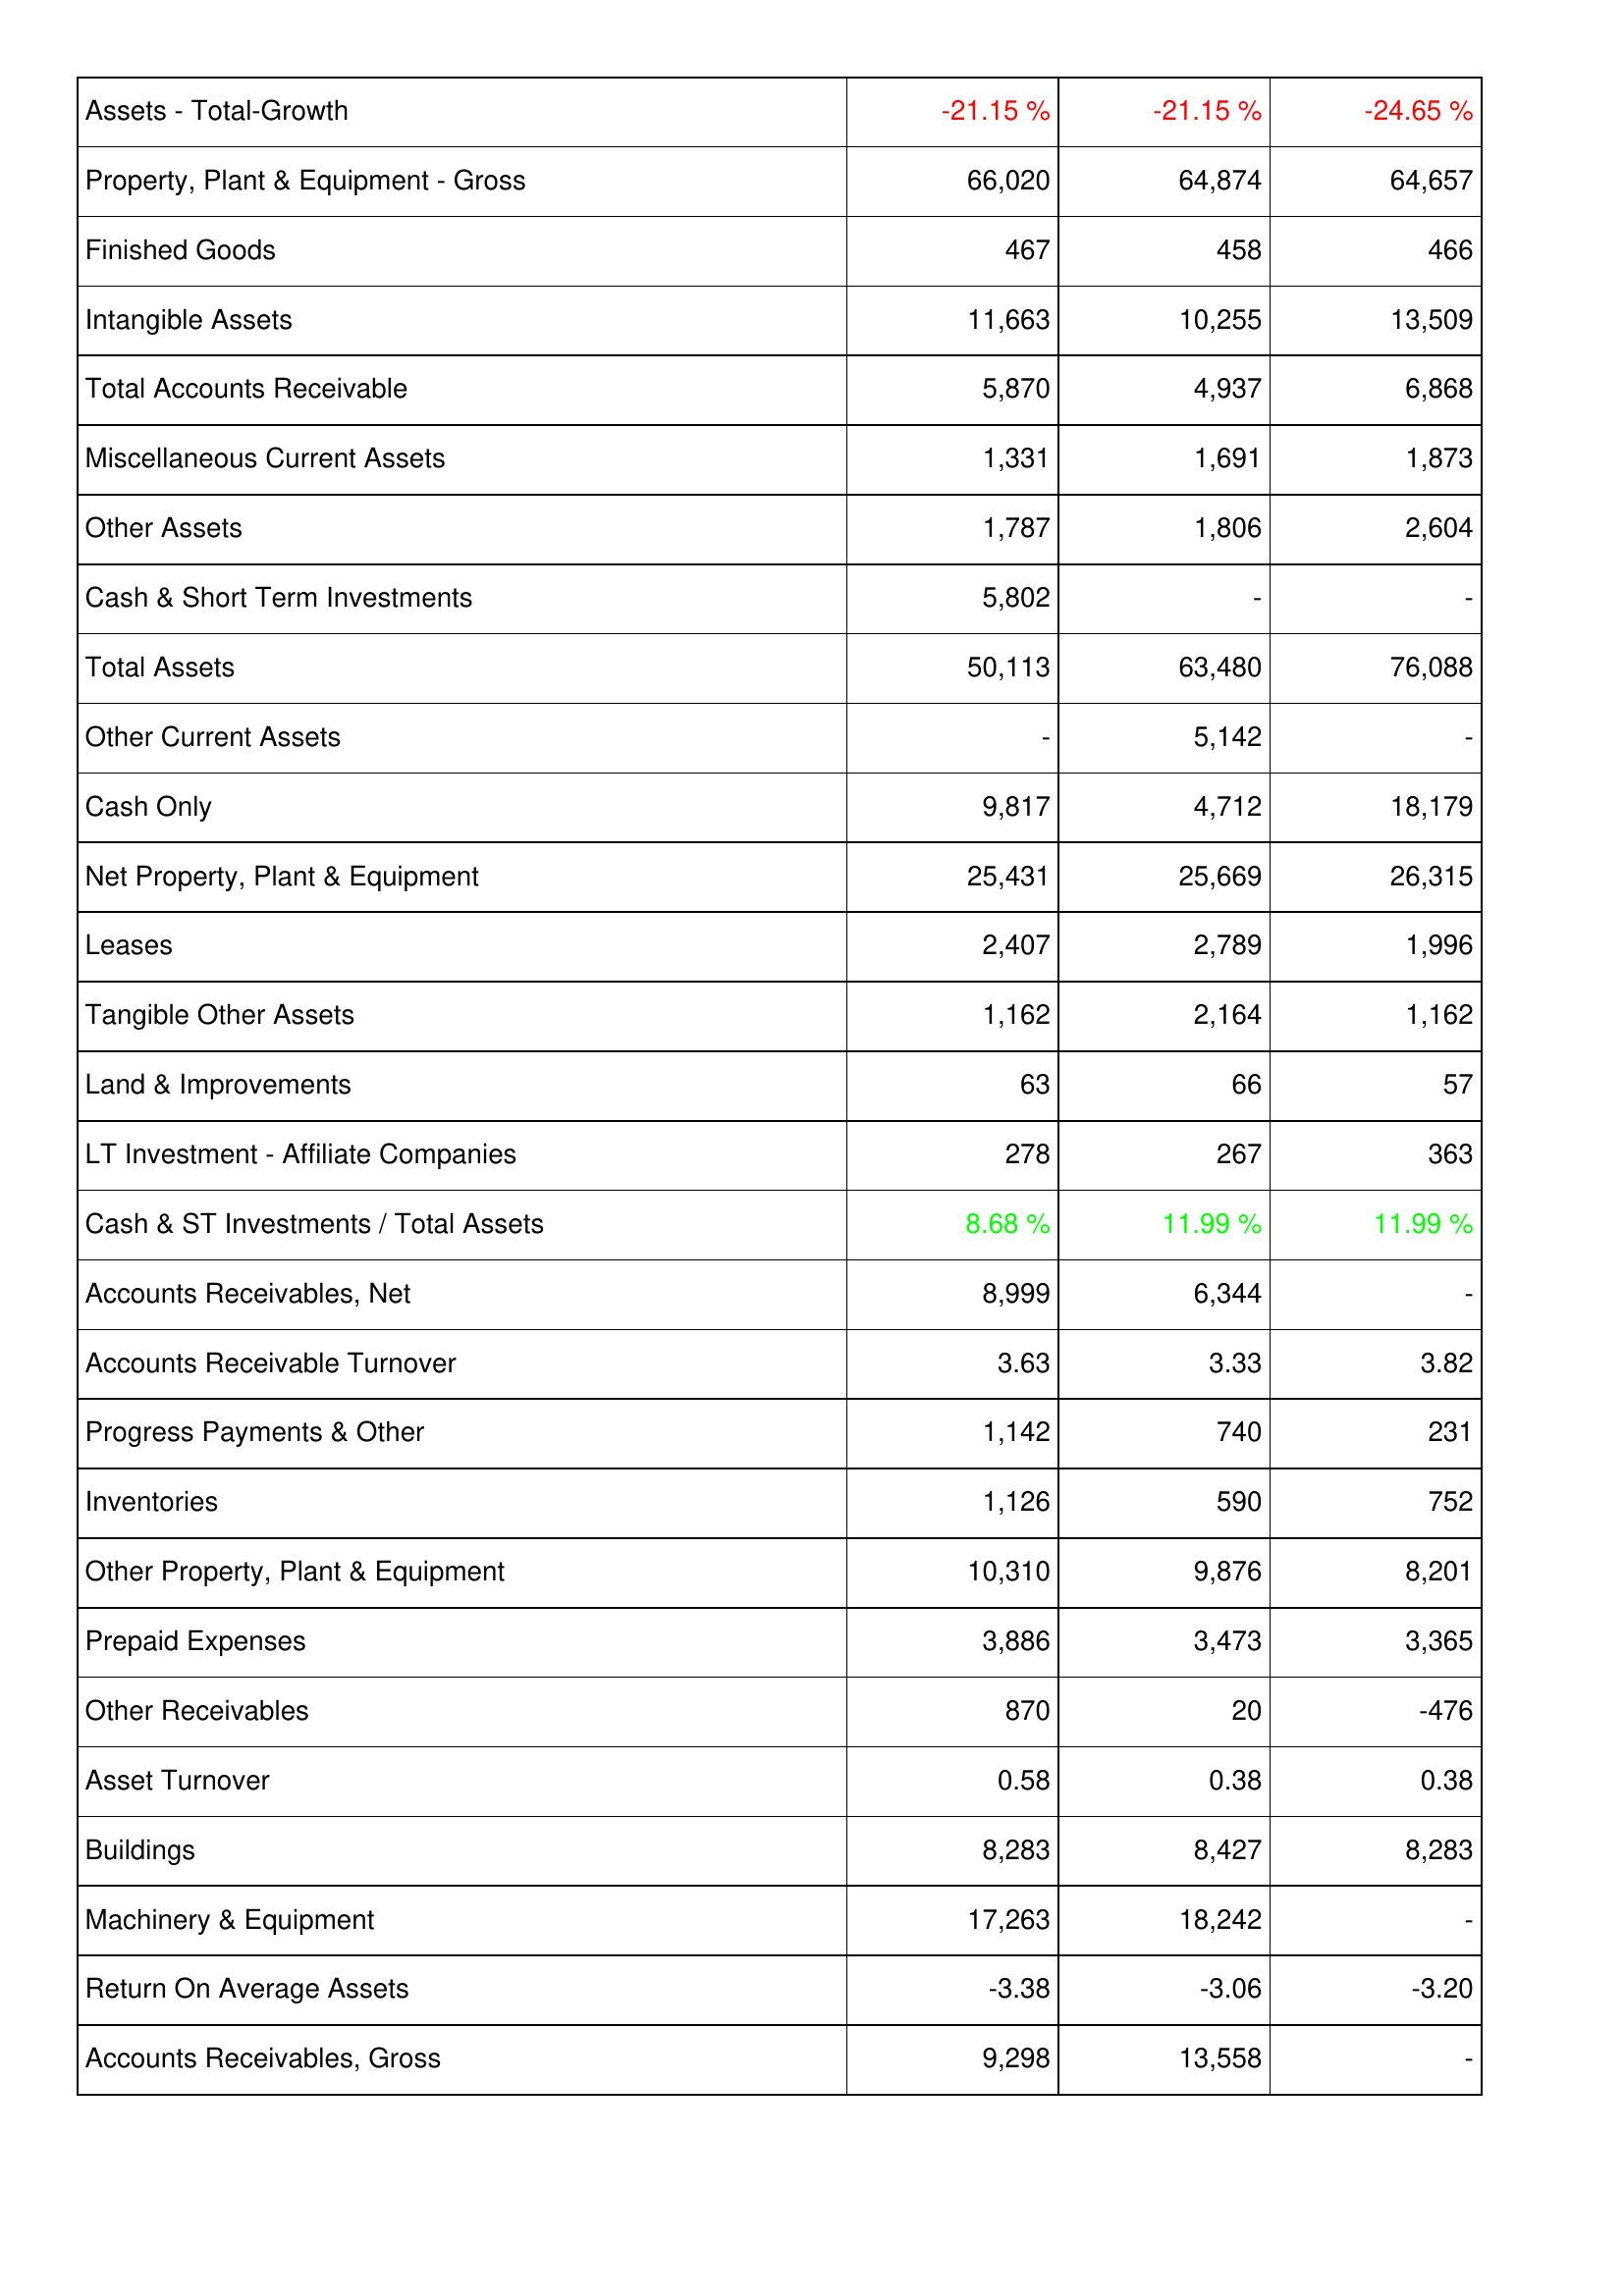
2020: Assets: Assets - Total-Growth: -21.15 %
Property, Plant & Equipment - Gross: 66,020
Finished Goods: 467
Intangible Assets: 11,663
Total Accounts Receivable: 5,870
Miscellaneous Current Assets: 1,331
Other Assets: 1,787
Cash & Short Term Investments: 5,802
Total Assets: 50,113
Other Current Assets: -
Cash Only: 9,817
Net Property, Plant & Equipment: 25,431
Leases: 2,407
Tangible Other Assets: 1,162
Land & Improvements: 63
LT Investment - Affiliate Companies: 278
Cash & ST Investments / Total Assets: 8.68 %
Accounts Receivables, Net: 8,999
Accounts Receivable Turnover: 3.63
Progress Payments & Other: 1,142
Inventories: 1,126
Other Property, Plant & Equipment: 10,310
Prepaid Expenses: 3,886
Other Receivables: 870
Asset Turnover: 0.58
Buildings: 8,283
Machinery & Equipment: 17,263
Return On Average Assets: -3.38
Accounts Receivables, Gross: 9,298
2019: Assets: Assets - Total-Growth: -21.15 %
Property, Plant & Equipment - Gross: 64,874
Finished Goods: 458
Intangible Assets: 10,255
Total Accounts Receivable: 4,937
Miscellaneous Current Assets: 1,691
Other Assets: 1,806
Cash & Short Term Investments: -
Total Assets: 63,480
Other Current Assets: 5,142
Cash Only: 4,712
Net Property, Plant & Equipment: 25,669
Leases: 2,789
Tangible Other Assets: 2,164
Land & Improvements: 66
LT Investment - Affiliate Companies: 267
Cash & ST Investments / Total Assets: 11.99 %
Accounts Receivables, Net: 6,344
Accounts Receivable Turnover: 3.33
Progress Payments & Other: 740
Inventories: 590
Other Property, Plant & Equipment: 9,876
Prepaid Expenses: 3,473
Other Receivables: 20
Asset Turnover: 0.38
Buildings: 8,427
Machinery & Equipment: 18,242
Return On Average Assets: -3.06
Accounts Receivables, Gross: 13,558
2018: Assets: Assets - Total-Growth: -24.65 %
Property, Plant & Equipment - Gross: 64,657
Finished Goods: 466
Intangible Assets: 13,509
Total Accounts Receivable: 6,868
Miscellaneous Current Assets: 1,873
Other Assets: 2,604
Cash & Short Term Investments: -
Total Assets: 76,088
Other Current Assets: -
Cash Only: 18,179
Net Property, Plant & Equipment: 26,315
Leases: 1,996
Tangible Other Assets: 1,162
Land & Improvements: 57
LT Investment - Affiliate Companies: 363
Cash & ST Investments / Total Assets: 11.99 %
Accounts Receivables, Net: -
Accounts Receivable Turnover: 3.82
Progress Payments & Other: 231
Inventories: 752
Other Property, Plant & Equipment: 8,201
Prepaid Expenses: 3,365
Other Receivables: -476
Asset Turnover: 0.38
Buildings: 8,283
Machinery & Equipment: -
Return On Average Assets: -3.20
Accounts Receivables, Gross: -